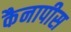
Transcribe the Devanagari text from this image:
कैनापीस